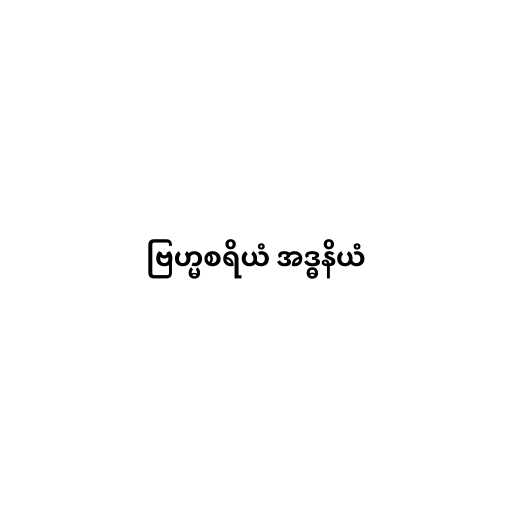
ဗြဟ္မစရိယံ အဒ္ဓနိယံ